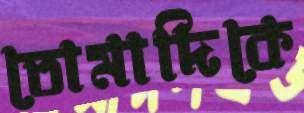
তোমাদিকে